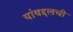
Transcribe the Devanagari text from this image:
यांबद्दलची